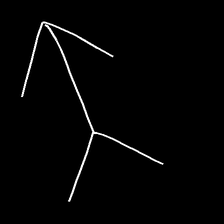
Glyph: gather